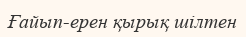
Ғайып-ерен қырық шілтен